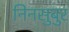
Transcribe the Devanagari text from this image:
निनसुबुर